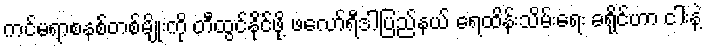
ကင်မရာစနစ်တစ်မျိုးကို တီထွင်နိုင်ဖို့ ဖလော်ရီဒါပြည်နယ် ရေထိန်းသိမ်းရေး ခရိုင်ဟာ ငါးနဲ့